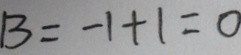
B = - 1 + 1 = 0